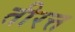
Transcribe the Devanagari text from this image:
तीरत्त